Tartu_linna_vaeslastekohus, lk 12
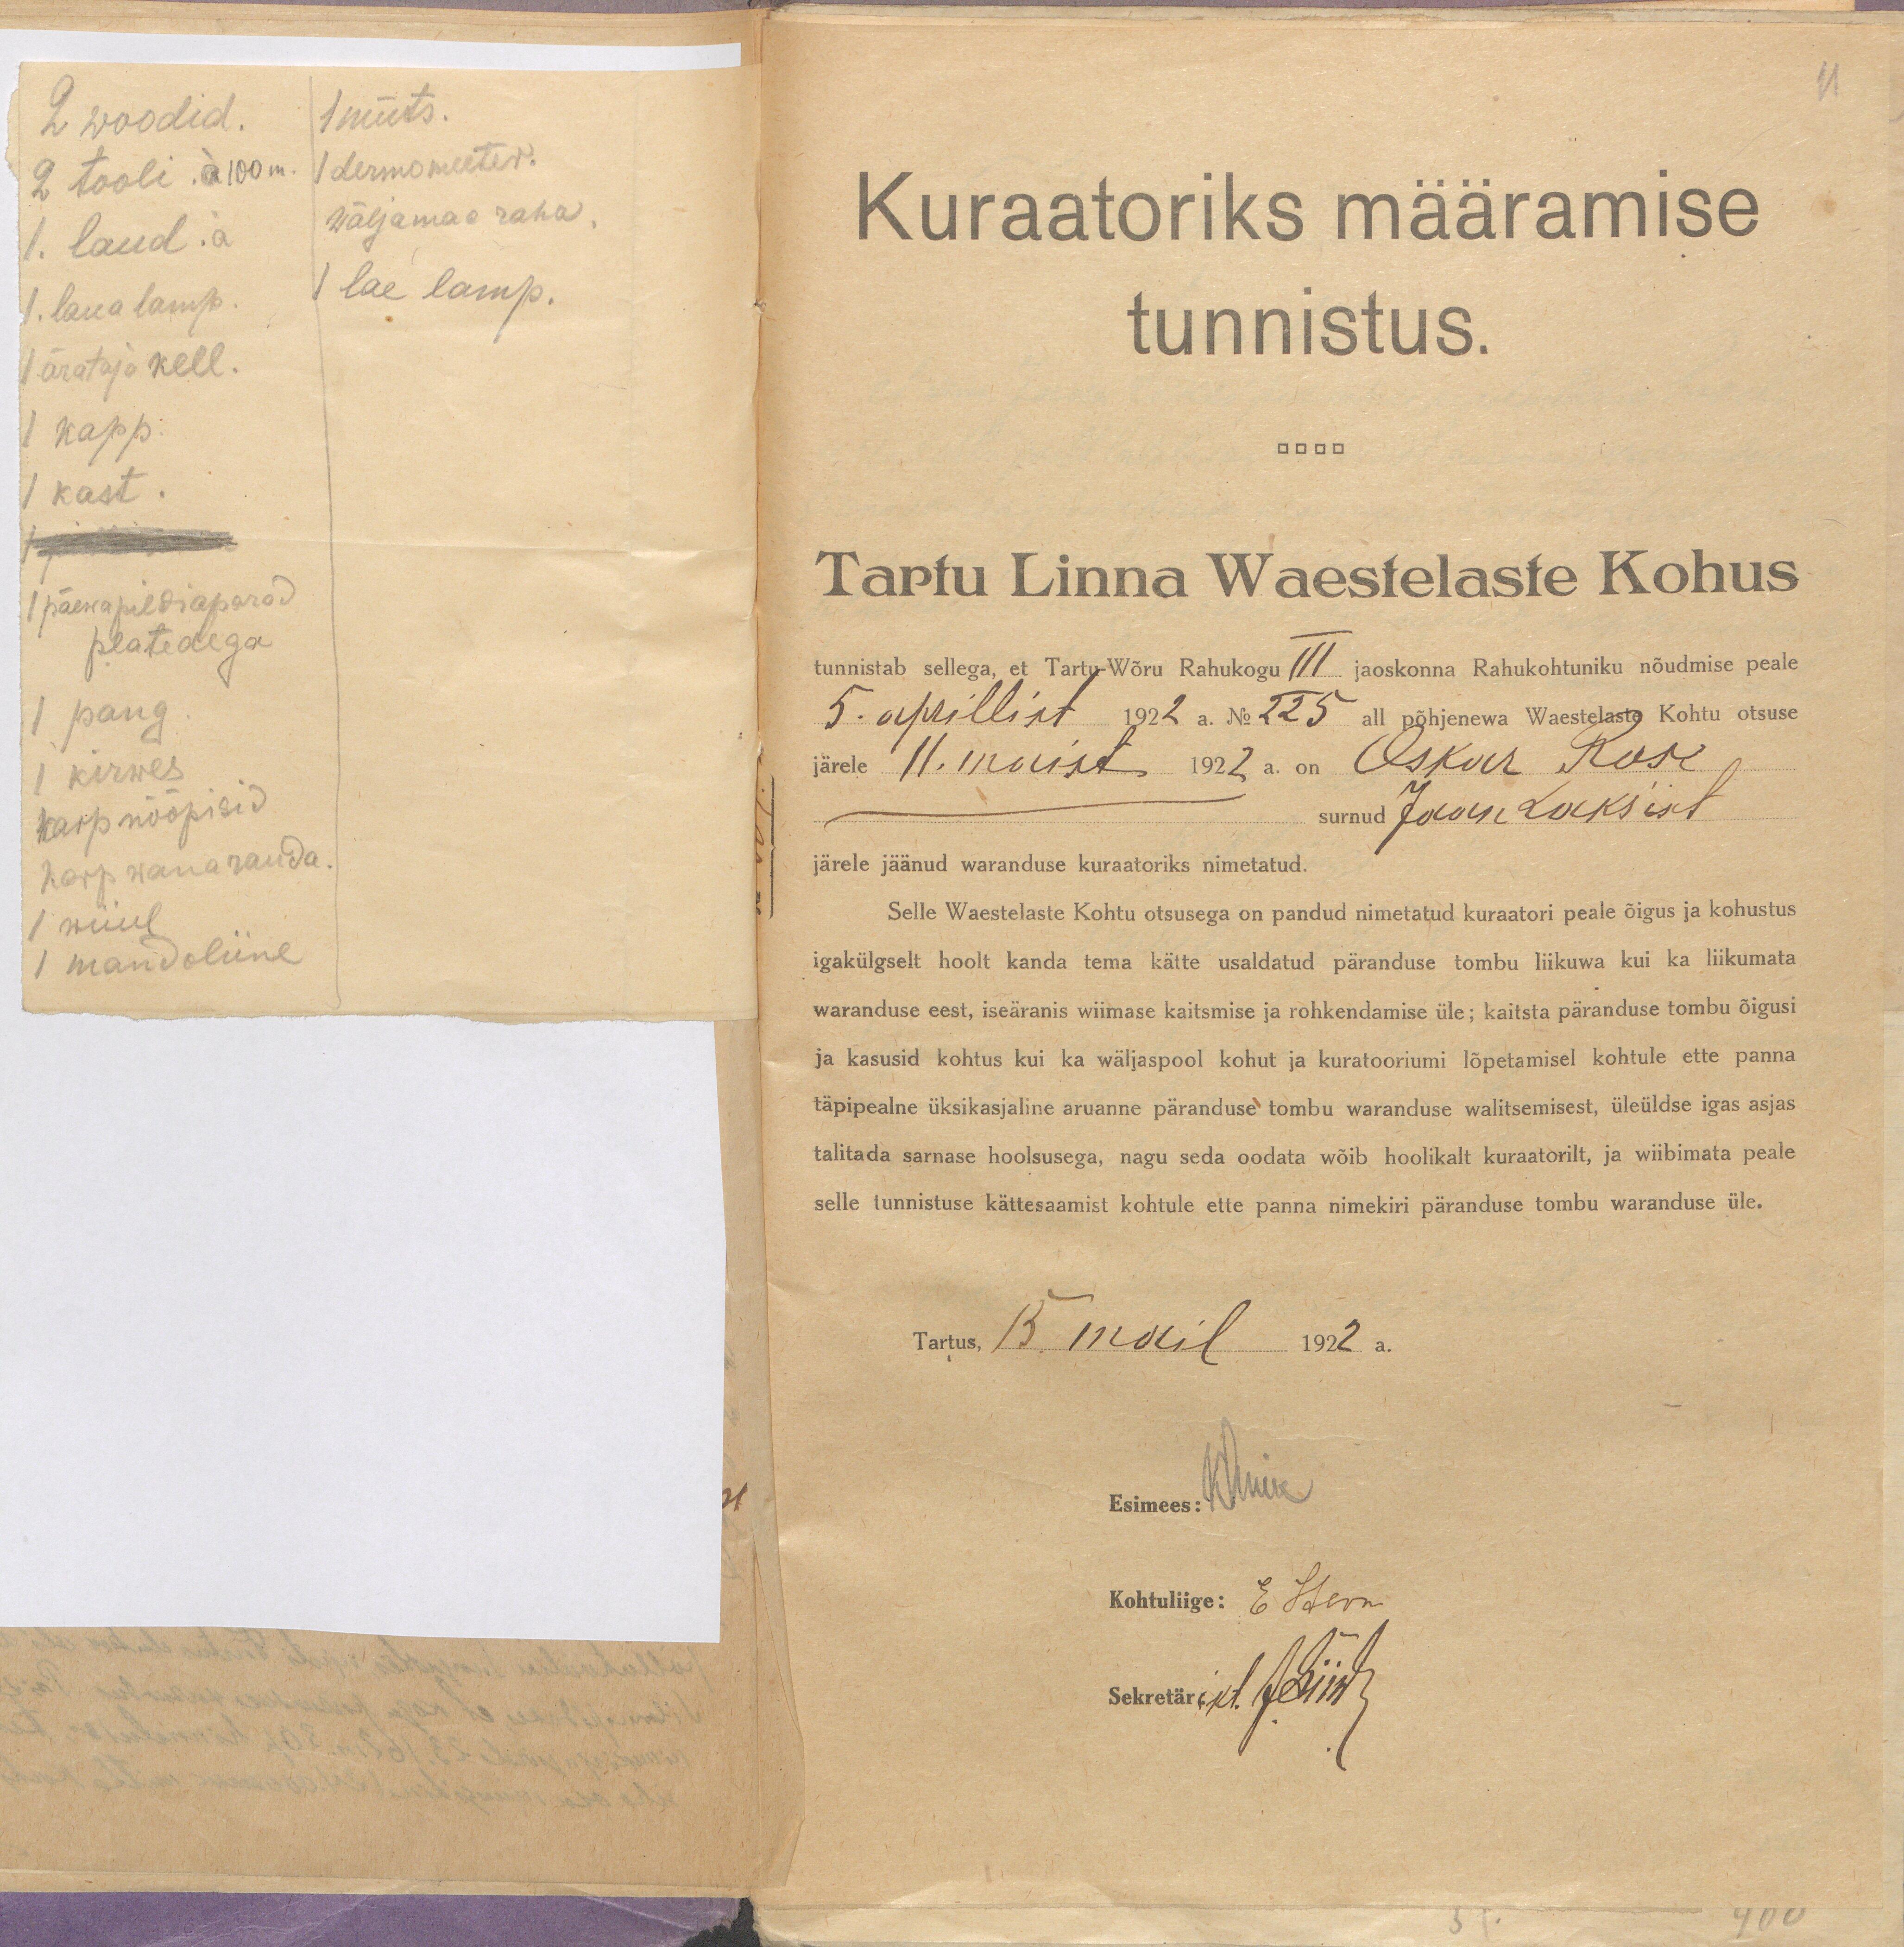
2 woodid.
1 müts.
2 tooli. a 100 m.
1 dermomeeter.
1. laud. a
wäljamaa raha.
1. laua lamp.
1 lae lamp.
1 ärataja kell.
1 kapp.
1 kast.
1 päewapildiaparad
platedega
1 pang.
1 kirwes
karp nööpisid
karp wanarauda.
1 riiul
1 mandoliine

Kuraatoriks määramise
tunnistus.
Tartu Linna Waestelaste Kohus
tunnistab sellega, et Tartu-Wõru Rahukogu III jaoskonna Rahukohtuniku nõudmise peale
5. aprillist 1922 a. No 225 all põhjenewa Waestelaste Kohtu otsuse
järele 11. maist 1922 a. on Oskar Rose
surnud Jaan Laks´ist
järele jäänud waranduse kuraatoriks nimetatud.
Selle Waestelaste Kohtu otsusega on pandud nimetatud kuraatori peale õigus ja kohustus
igakülgselt hoolt kanda tema kätte usaldatud päranduse tombu liikuwa kui ka liikumata
waranduse eest, iseäranis wiimase kaitsmise ja rohkendamise üle; kaitsta päranduse tombu õigusi
ja kasusid kohtus kui ka wäljaspool kohut ja kuratooriumi lõpetamisel kohtule ette panna
täpipealne üksikasjaline aruanne päranduse tombu waranduse walitsemisest, üleüldse igas asjas
talitada sarnase hoolsusega, nagu seda oodata wõib hoolikalt kuraatorilt, ja wiibimata peale
selle tunnistuse kättesaamist kohtule ette panna nimekiri päranduse tombu waranduse üle.
Tartus, 15. mail 1922 a.
Esimees: KLuik
Kohtuliige: E Stern
Sekretäri kt. JSiiw

11